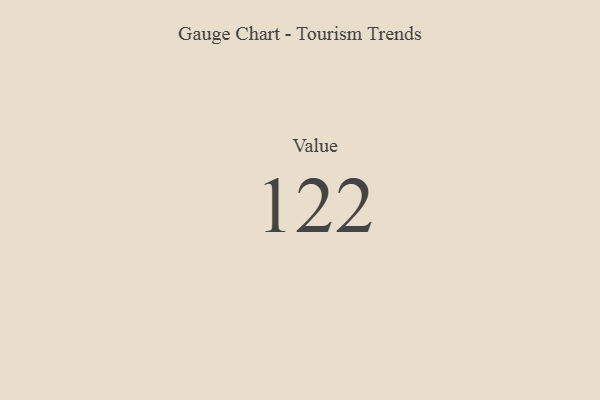
{"axis": {"x": "Metric", "y": "Value"}, "legend": [""], "data": [{"x": "Value", "y": 122, "type": ""}]}